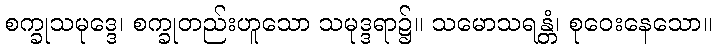
စက္ခုသမုဒ္ဒေ၊ စက္ခုတည်းဟူသော သမုဒ္ဒရာ၌။ သမောသရန္တံ၊ စုဝေးနေသော။